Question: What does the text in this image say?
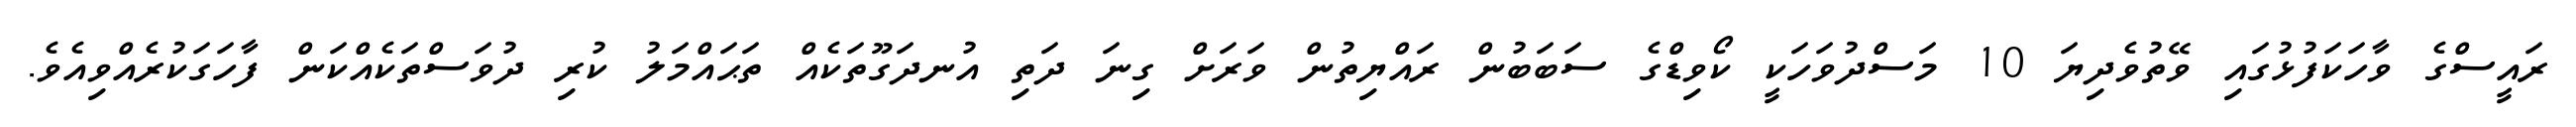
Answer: ރައީސްގެ ވާހަކަފުޅުގައި ވޭތުވެދިޔަ 10 މަސްދުވަހަކީ ކޯވިޑްގެ ސަބަބުން ރައްޔިތުން ވަރަށް ގިނަ ދަތި އުނދަގޫތަކެއް ތަޙައްމަލު ކުރި ދުވަސްތަކެއްކަން ފާހަގަކުރެއްވިއެވެ.